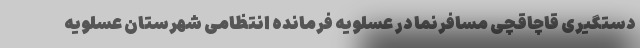
دستگیری قاچاقچی مسافرنما در عسلویه فرمانده انتظامی شهرستان عسلویه